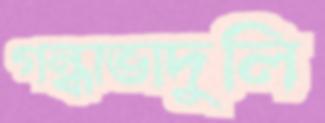
গন্ধাভাদুলি